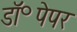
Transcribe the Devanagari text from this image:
डॉ॰पेपर